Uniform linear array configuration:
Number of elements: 24
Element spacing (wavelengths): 0.5
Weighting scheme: kaiser
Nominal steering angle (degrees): -60
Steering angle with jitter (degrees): -61.888
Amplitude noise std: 0.05
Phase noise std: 0.05

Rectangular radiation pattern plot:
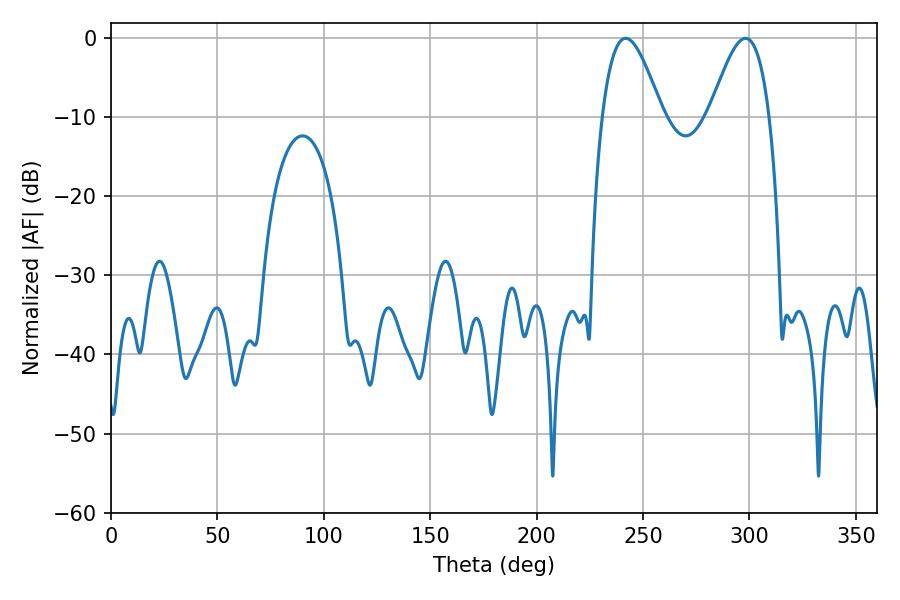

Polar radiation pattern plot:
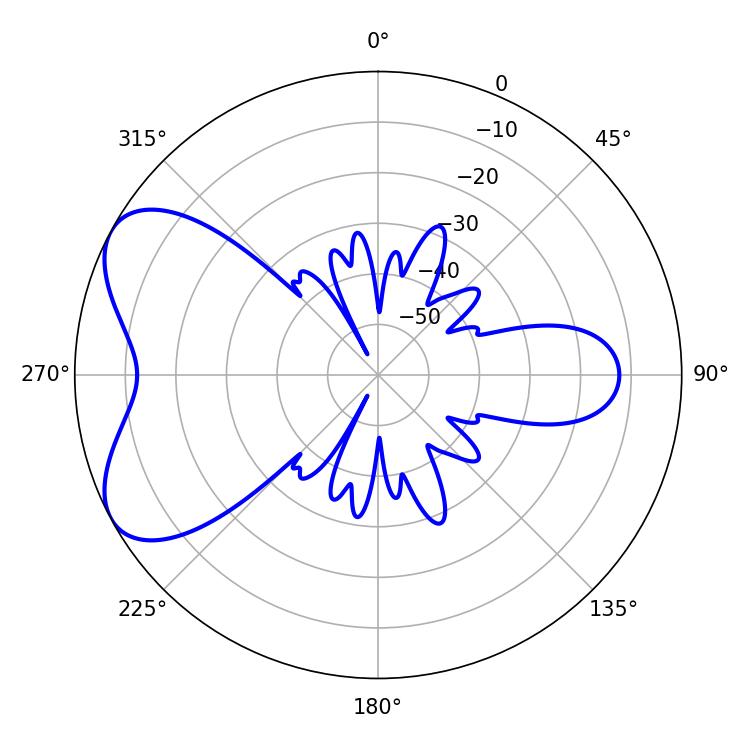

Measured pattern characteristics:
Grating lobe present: FALSE
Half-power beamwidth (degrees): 15.12
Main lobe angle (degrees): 241.92